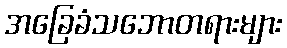
အခြေခံသဘောတရားများ